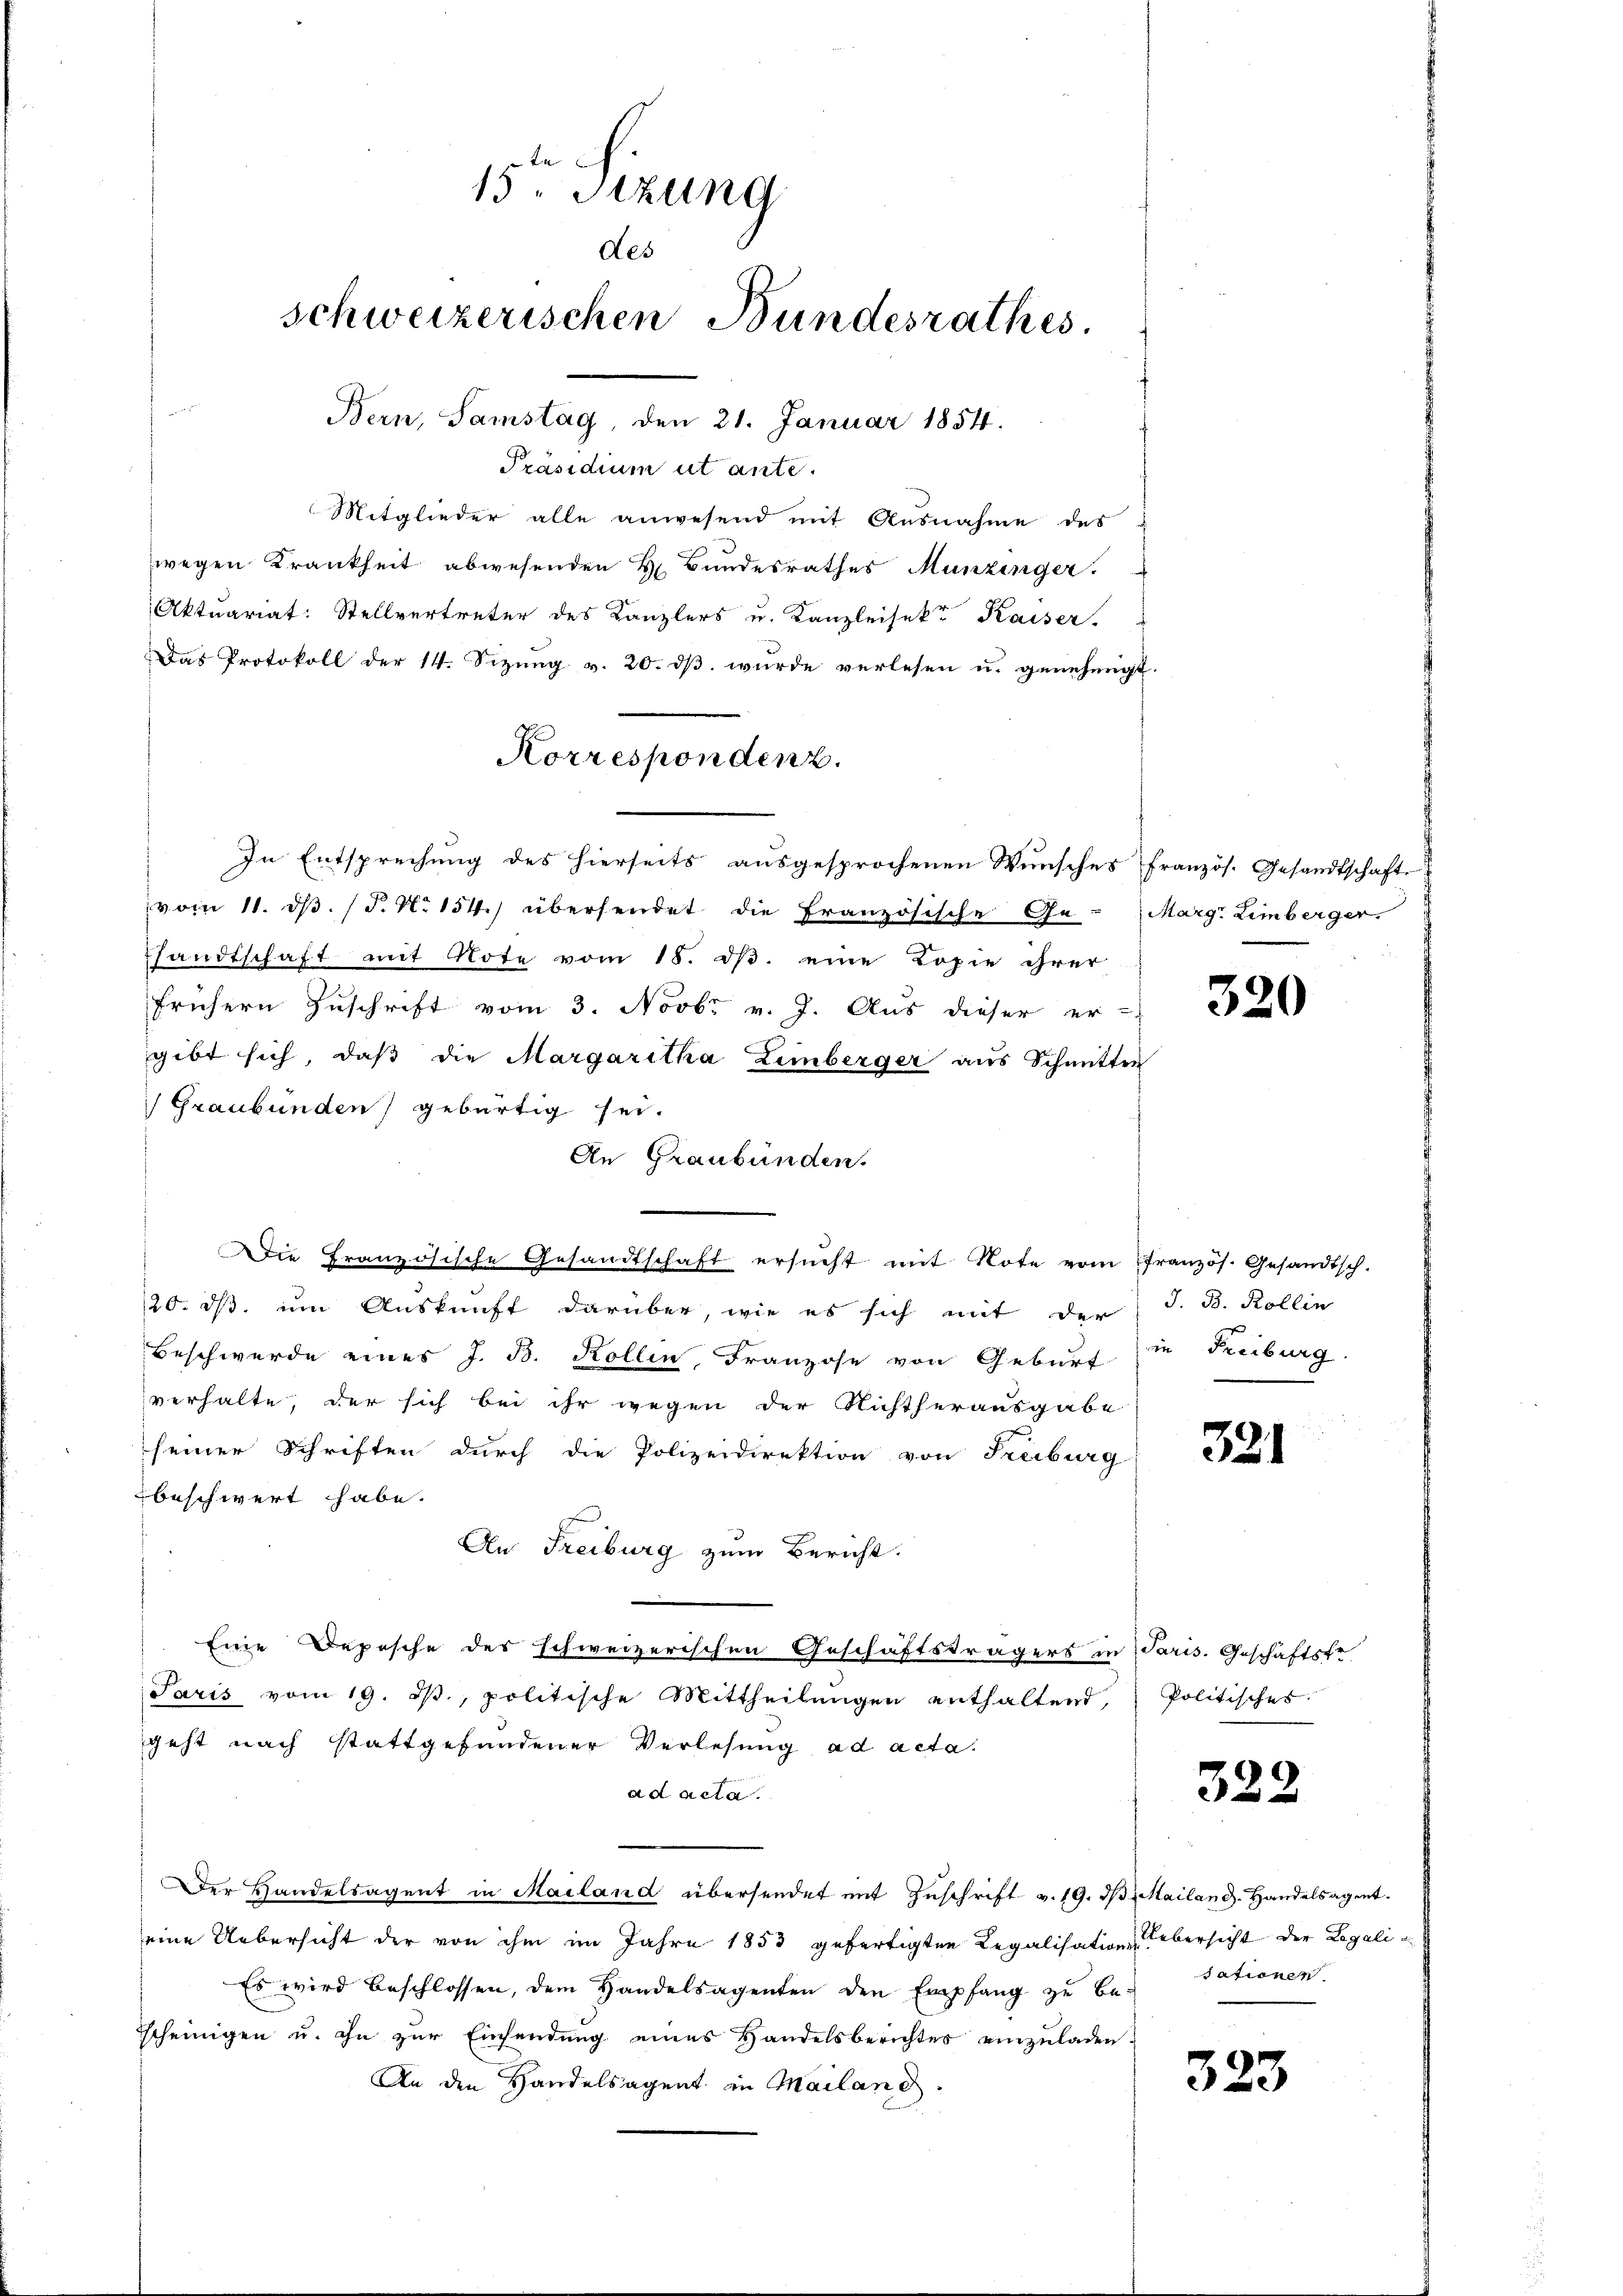
n
13. Sizung
des
schweizerischen Bundesrathes.
Bern, Samstag, den 21. Januar 1854.

Präsidium ut ante.
Mitglieder alle anwesend mit Ausnahme des
wegen Krankheit abwesenden H. Bundesrathes Munzinger.
Aktuariat: Stellvertreter des Kanzlers u. Kanzleisekt Kaiser,
Das Protokoll der 14. Sizung v. 20. dß wurde verlesen u. genehmigt
In Entsprechung des hierseits ausgesprochenen Wunsches französ. Gesandtschaft
vom 11. ds. (T. N. 154.) übersendet die Französische Ge- Marg. Limberger
sandtschaft mit Note vom 18. ds. eine Kopie ihrer
frühern Zuschrift vom 3. Novbr v. J. Aus dieser er-
gibt sich, daß die Margaritha Eimberger aus Schmitten
Graubünden) gebürtig sei.
An Graubünden.
Die Französische Gesandtschaft ersŭcht mit Note vom französ. Gesandtsch.
/20. ds um Auskunft darüber, wie es sich mit der J. B. Kollin
Beschwerde eines J. B. Kollin, Franzose von Geburt
verhalte, der sich bei ihr wegen der Nichtherausgabe
seiner Schriften durch die Polizeidirektion von Freiburg
beschwert habe.
An Freiburg zum Bericht.
Eine Depesche der schweizerischen Geschäftsträgers in Paris. Geschäftsfe
Paris vom 19. J., politische Mittheilŭngen enthaltend
geht nach stattgefundener Verlesung ad acta.
ad acta.
Der Handelsagent in Mailand übersendet mit Zuschrift v. 19. d. Mailand. Handelsagent.
eine Uebersicht der von ihm im Jahre 1853 gefertigten Legalisation übersicht der Legalie
Es wird beschlossen, dem Handelsagenten den Empfang zu be-
scheinigen u. ihn zur Einsendung eines Handelsberichtes einzŭladen.
An den Handelsagent in Mailand.

Korrespondenz.

320

in Freiburg

321

Politisches

322

sationen

323